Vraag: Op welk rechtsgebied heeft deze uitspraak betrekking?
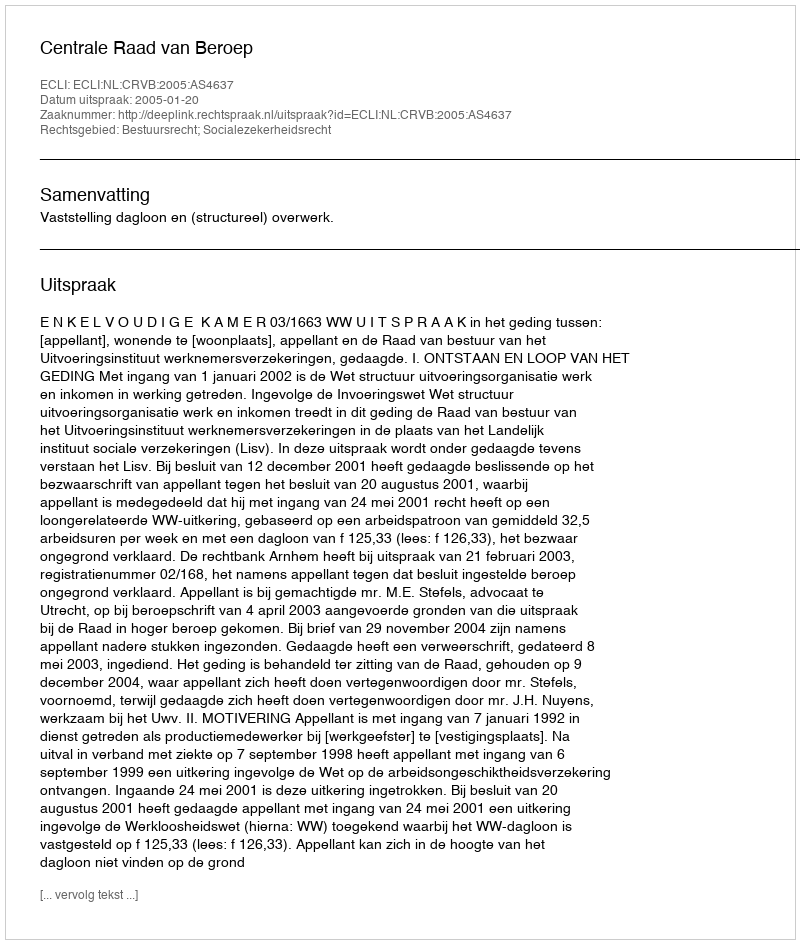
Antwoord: Bestuursrecht; Socialezekerheidsrecht